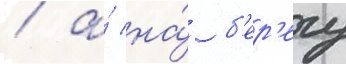
/ а́ на́ б'ер'егу